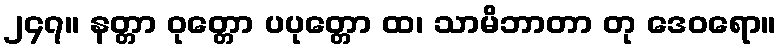
၂၄၇။ နတ္တာ ဝုတ္တော ပပုတ္တော ထ၊ သာမိဘာတာ တု ဒေဝရော။